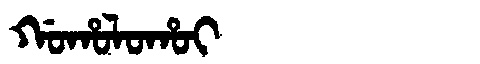
Manchu: ᡤᠣᡥᠣᠯᠣᡥᠣᡳ
Romanization: GOHOLOHOI